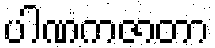
ပါဏကဇာတာ